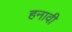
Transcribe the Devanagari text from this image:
हनावी